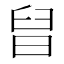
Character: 𣆫